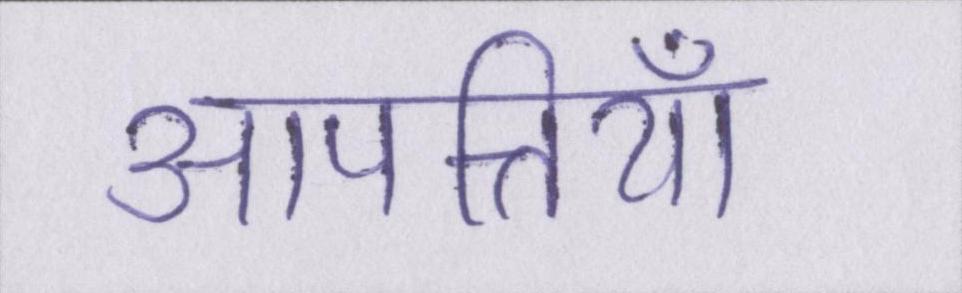
आपत्तियाँ